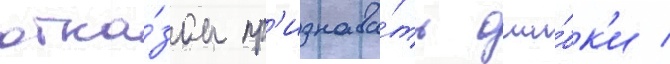
отка́зом пр'изнава́ть оши́бк'и /